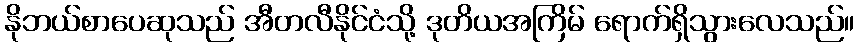
နိုဘယ်စာပေဆုသည် အီတလီနိုင်ငံသို့ ဒုတိယအကြိမ် ရောက်ရှိသွားလေသည်။